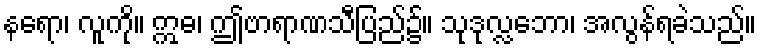
နရော၊ လူကို။ ဣဓ၊ ဤဗာရာဏသီပြည်၌။ သုဒုလ္လဘော၊ အလွန်ရခဲသည်။